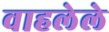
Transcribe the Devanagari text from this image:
वाहलेले